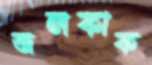
জলকাক